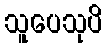
သူပေသုပိ